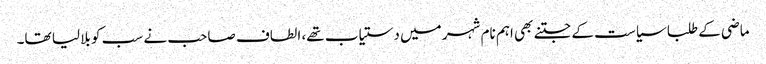
ماضی کے طلبا سیاست کے جتنے بھی اہم نام شہر میں دستیاب تھے، الطاف صاحب نے سب کو بلا لیا تھا۔